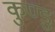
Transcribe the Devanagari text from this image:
कुण्डु